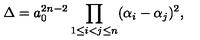
\Delta = a _ { 0 } ^ { 2 n - 2 } \prod _ { 1 \le i < j \le n } ( \alpha _ { i } - \alpha _ { j } ) ^ { 2 } ,